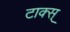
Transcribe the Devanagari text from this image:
टाक्स्